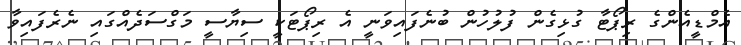
އެމްޑީއެންގެ ރިޕޯޓާ ގުޅިގެން ފުލުހުން ބުނެފައިވަނީ އެ ރިޕޯޓަކީ ސިޔާސީ މަގްސަދެއްގައި ނެރެފައިވާ